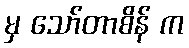
မှ သော်တာစိန် က